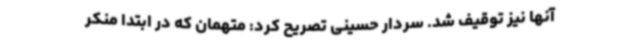
آنها نیز توقیف شد. سردار حسینی تصریح کرد: متهمان که در ابتدا منکر